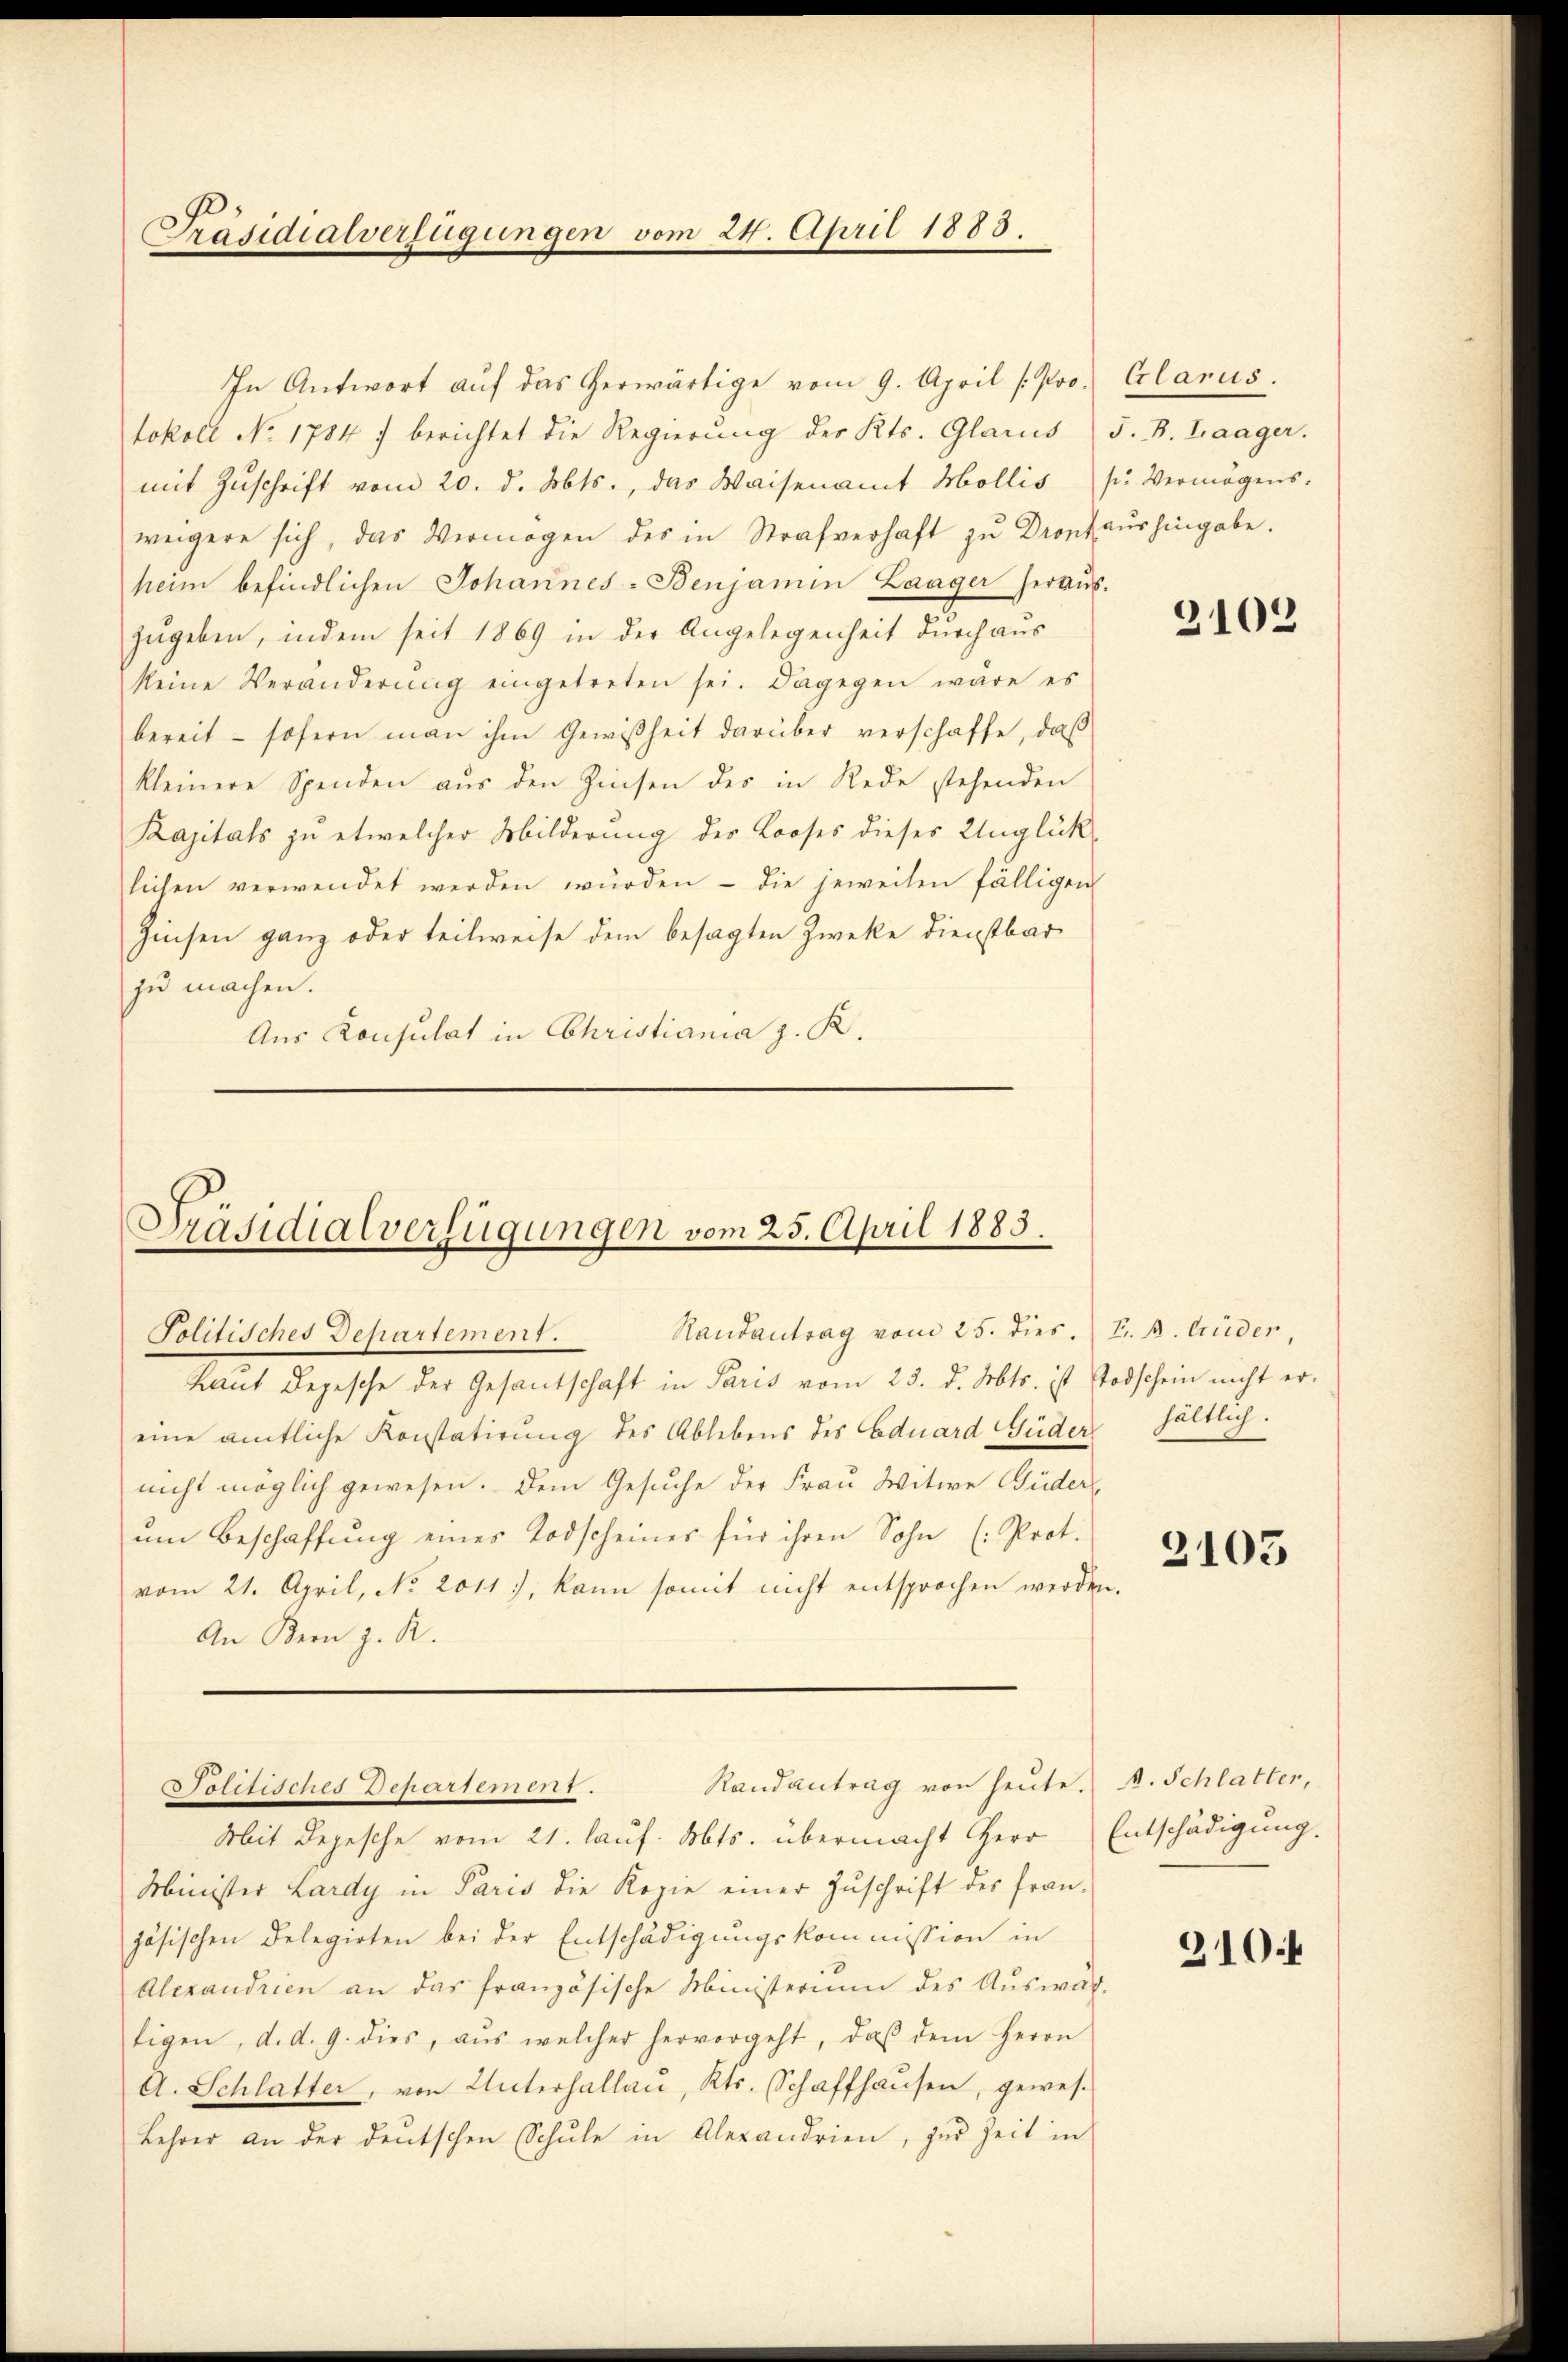
Präsidialverfügungen vom 24. April 1888.

In Antwort auf das herwärtige vom 9. April (Protokoll No 1784 :/ berichtet die Regierung des Kts. Glarus) S. B. Laager.
mit Zŭschrift vom 20. d. Mts., das Waisenamt Mollis s. Vermögens-
weigere sich, das Vermögen des in Strafverhaft zu Dronfaushingabe.
heim befindlichen Johannes-Benjamin Laager heraŭs.
zŭgeben, indem seit 1869 in der Angelegenheit durch aus
keine Veränderŭng eingetreten sei. Dagegen wäre es
bereit - sofern man ihm Gewißheit darüber verschaffe, daß
kleinere Spenden aŭs den Zinsen des in Rede stehenden
Kapitals zu etwelcher Milderung des Looses dieses Unglück,
lichen verwendet werden würden - die jeweiten fälligen
Zinsen ganz oder teilweise dem besagten Zwecke Dienstbar
zu machen.
Aus Konsulat in Christiania z. K.

Präsidialverfügungen vom 25. April 1883.
Politisches Departement. Randantrag vom 25. dies. Fr. B. Cüder,

haut Depesche der Gesantschaft in Paris vom 23. d. Mts. ist Todschein nicht ereine amtliche Konstatirung des Ablebens des Eduard Güder hältlich.
nicht möglich gewesen. Dem Gesuche der Frau Witwe Büder
ŭm Beschaffŭng eines Todscheines für ihren Sohn (Prot.
vom 21. April, No. 2011., kann somit nicht entsprochen werden.
An Bern z. R.

Randantrag von heute. A. Schlatter,
15 Pis111111115771 718 10127

Mit Depesche vom 21. lauf. Mts. übermacht Herr Entschädigung.
Minister Lardy in Paris die Kopie einer Zŭschrift des fran-
zösischen Delegirten bei der Entschädigungskommission in
Alexandrien an das französische Ministerium des Auswah-
tigen, d. d. 9. dies, aus welcher hervorgeht, daβ dem Herrn
A. Schlatter, von Unterhallau, Kts. Schaffhausen, gewes
Lehrer an der deutschen Schule in Alexandrien, zur Zeit in

Glarus.

3102

2103

310.4